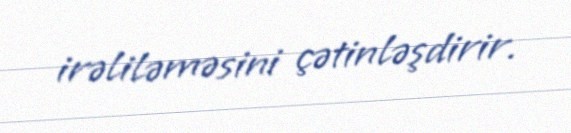
irəliləməsini çətinləşdirir.